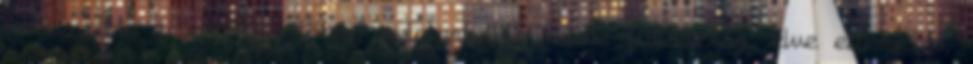
módozatok a kerékbe törés, máglyahalál, vízbe fullasztás, élve eltemetés,